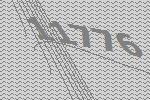
11776